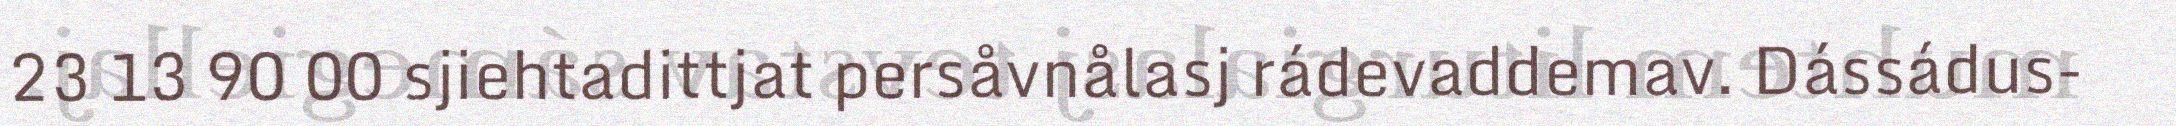
23 13 90 00 sjiehtadittjat persåvnålasj rádevaddemav. Dássádus-